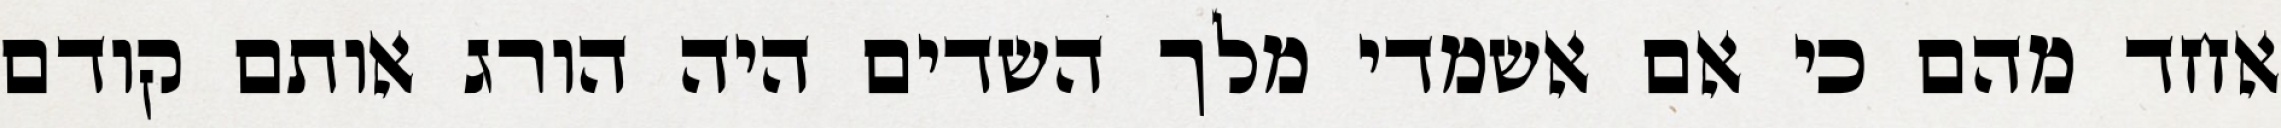
אחד מהם כי אם אשמדי‏ מלך השדים היה הורג אותם קודם